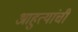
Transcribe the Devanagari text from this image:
आहुत्यांची